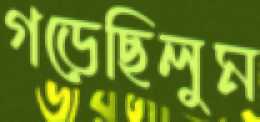
গড়েছিলুম